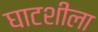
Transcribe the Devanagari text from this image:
घाटशीला